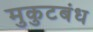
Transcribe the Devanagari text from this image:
मुकुटबंध